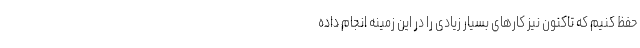
حفظ کنیم که تاکنون نیز کارهای بسیار زیادی را در این زمینه انجام داده